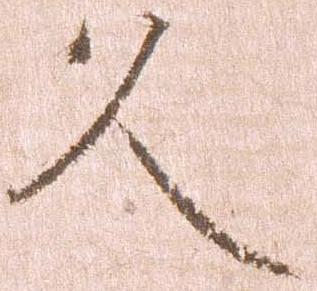
久